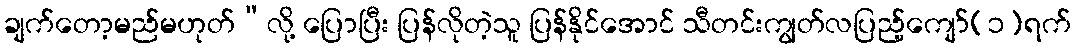
ချက်တော့မည်မဟုတ်”လို့ ပြောပြီး ပြန်လိုတဲ့သူ ပြန်နိုင်အောင် သီတင်းကျွတ်လပြည့်ကျော်(၁)ရက်